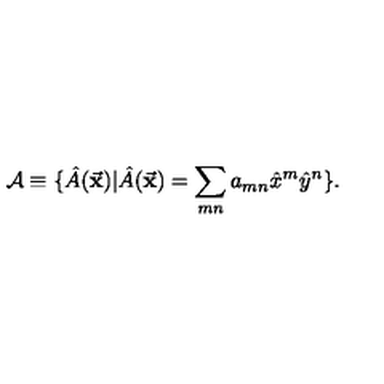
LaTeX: { \cal A } \equiv \{ \hat { A } ( { \vec { \bf x } } ) | \hat { A } ( { \vec { \bf x } } ) = \sum _ { m n } a _ { m n } { \hat { x } } ^ { m } { \hat { y } } ^ { n } \} .